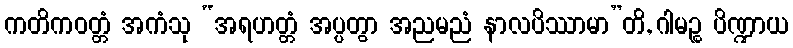
ကတိကဝတ္တံ အကံသု “အရဟတ္တံ အပ္ပတွာ အညမညံ နာလပိဿာမာ”တိ, ဂါမဉ္စ ပိဏ္ဍာယ